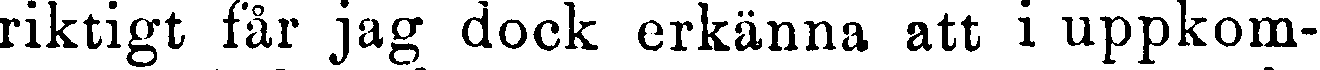
riktigt får jag dock erkänna att i uppkom-